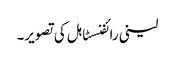
لینی رائفنسٹاہل کی تصویر۔